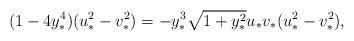
LaTeX: \begin{align*}(1-4y_{*}^4)(u_{*}^2-v_{*}^2) = -y_{*}^3\sqrt{1+y_{*}^2}u_{*}v_{*}(u_{*}^2-v_{*}^2),\end{align*}